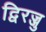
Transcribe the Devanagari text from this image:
द्विरज्जु